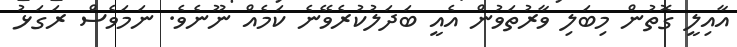
އާއިލީ ގޮތުން މިބަލި ވާރުތަވުން އެއީ ބަދަލުކުރެވޭނެ ކަމެއް ނޫނެވެ. ނަމަވެސް ރަގަޅު